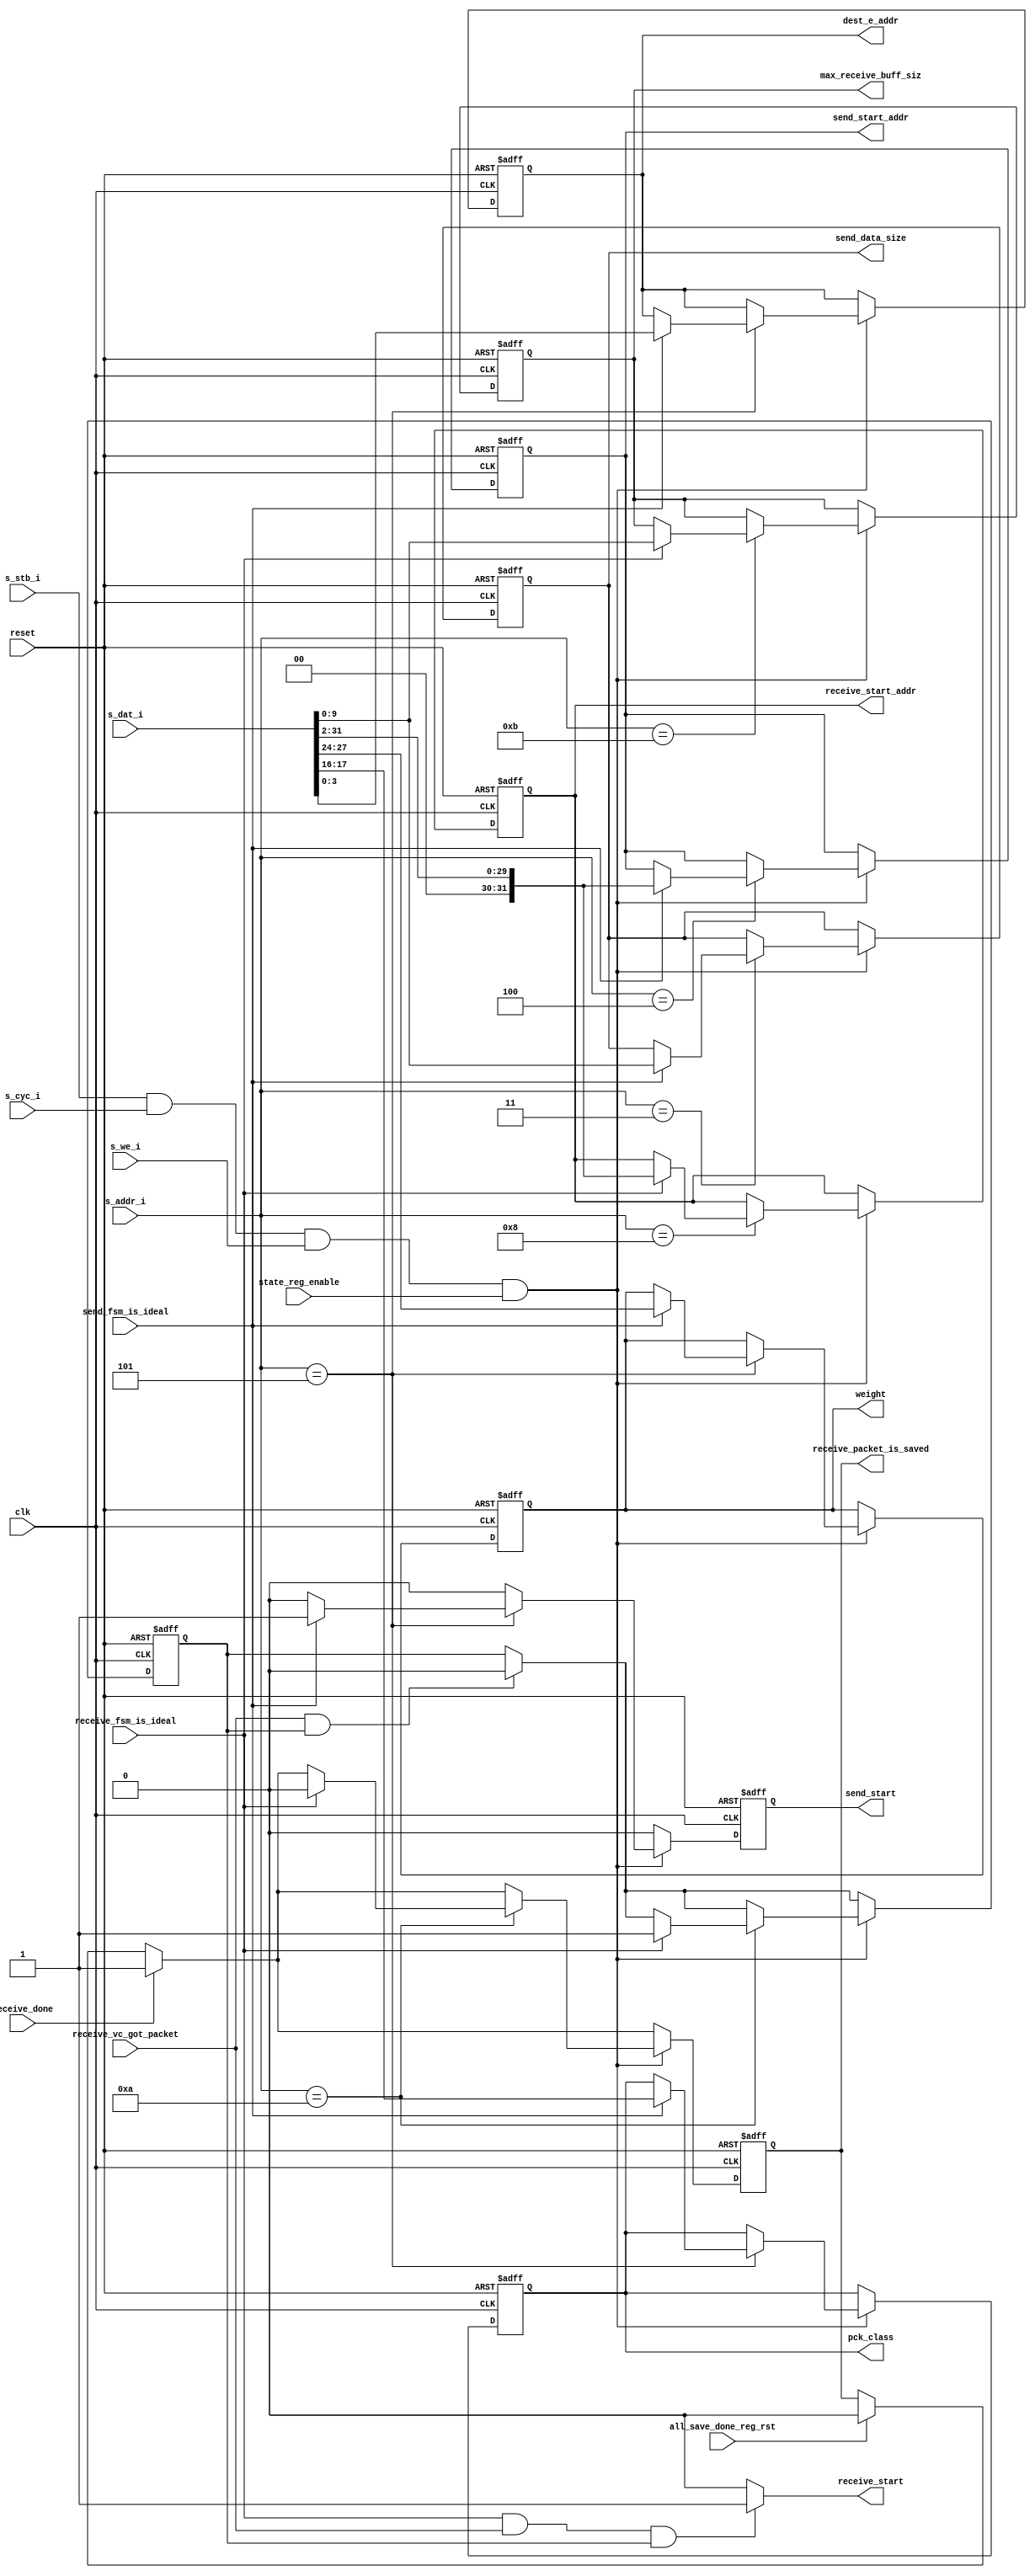
/**********************************************************************
**    
**	Copyright (C) 2014-2017  Alireza Monemi
**    
**	This file is part of ProNoC 
**
**	ProNoC ( stands for Prototype Network-on-chip)  is free software: 
**	you can redistribute it and/or modify it under the terms of the GNU
**	Lesser General Public License as published by the Free Software Foundation,
**	either version 2 of the License, or (at your option) any later version.
**
** 	ProNoC is distributed in the hope that it will be useful, but WITHOUT
** 	ANY WARRANTY; without even the implied warranty of MERCHANTABILITY
** 	or FITNESS FOR A PARTICULAR PURPOSE.  See the GNU Lesser General
** 	Public License for more details.
**
** 	You should have received a copy of the GNU Lesser General Public
** 	License along with ProNoC. If not, see <http:**www.gnu.org/licenses/>.
**
**
**	Description: 
**	NI internal register bank
**	
**
*******************************************************************/

// synthesis translate_off
`timescale 1ns / 1ps
// synthesis translate_on
 
module ni_vc_wb_slave_regs #(
    parameter MAX_TRANSACTION_WIDTH =10,      
    //NoC parameter
    parameter DEBUG_EN=1,
    parameter EAw=4,
    parameter C = 4,    //  number of flit class 
    parameter WEIGHTw=4,     
    //wishbones  bus  slave  port parameters
    parameter Dw            =   32,
    parameter S_Aw          =   4
 
 )( 
    state_reg_enable,
    send_fsm_is_ideal,
    receive_fsm_is_ideal,
    send_start,
    receive_start,
    receive_done,
    receive_vc_got_packet,
    receive_packet_is_saved,
    all_save_done_reg_rst,   
    send_start_addr, 
    receive_start_addr,
    send_data_size,
    max_receive_buff_siz,    
    dest_e_addr,
    pck_class,
    weight,  
    s_dat_i,
    s_addr_i,  
    s_stb_i,
    s_cyc_i,
    s_we_i,
//synthesis translate_off
//synopsys  translate_off    
    current_e_addr,
//synthesis translate_on
//synopsys  translate_on      
    reset,
    clk  
 ); 
 
    function integer log2;
      input integer number; begin   
         log2=(number <=1) ? 1: 0;    
         while(2**log2<number) begin    
            log2=log2+1;    
         end       
      end   
    endfunction // log2  
  
/*
 s_dat_i : 
        [16:0] dest_e_addr,
        [23:16] class,
        [31:24] weight,   
*/
    localparam
        DST_X_LSB  =0,
        CLASS_LSB  =16,
        WEIGHT_LSB =24;        
            
    localparam [S_Aw-1  :   0]
        SEND_DATA_SIZE_WB_ADDR =3,  // The transfer data size in byte  
        SEND_STRT_WB_ADDR =4,  // The source start address in byte       
        SEND_DEST_WB_ADDR =5,
        SEND_CTRL_WB_ADDR = 6,        
        RECEIVE_STRT_WB_ADDR=8,   // The destination start address in byte
        RECEIVE_CTRL_WB_ADDR =10,  
        RECEIVE_MAX_BUFF_SIZ=11;   // The reciver buffer size in words. If the packet size is bigger tha the buffer size the rest of will be discarred

   localparam
        WORLD_SIZE = Dw/8,
        OFFSET_w= log2(WORLD_SIZE),        
        Cw =  (C>1)? log2(C): 1;  
 
    input clk,reset;    
    input state_reg_enable;
    input send_fsm_is_ideal,receive_fsm_is_ideal;
    input receive_vc_got_packet;
    input receive_done;
    output  reg [Dw-1   :   0] send_start_addr; 
    output  reg [Dw-1   :   0] receive_start_addr;
    output  reg receive_packet_is_saved;
    input   all_save_done_reg_rst;    
    output  reg [MAX_TRANSACTION_WIDTH-1    :   0] send_data_size;
    output  reg [MAX_TRANSACTION_WIDTH-1    :   0] max_receive_buff_siz;
    output  reg [EAw-1   :   0]  dest_e_addr;
    output  reg [Cw-1   :   0]  pck_class;
    output  reg [WEIGHTw-1 :0]  weight; 
    output  reg send_start, receive_start;

//synthesis translate_off
//synopsys  translate_off    
    input   [EAw-1   :   0]  current_e_addr;
//synthesis translate_on
//synopsys  translate_on   
   
 //wishbone slave interface signals
    input   [Dw-1       :   0]      s_dat_i;
    input   [S_Aw-1     :   0]      s_addr_i;  
    input                           s_stb_i;
    input                           s_cyc_i;
    input                           s_we_i;
        
    reg  [EAw-1   :   0]  dest_e_addr_next;
    reg  [Cw-1   :   0]  pck_class_next;
    reg  [WEIGHTw-1 : 0] weight_next; 
    reg  [Dw-1   :   0]  send_start_addr_next, receive_start_addr_next;
    reg  [MAX_TRANSACTION_WIDTH-1    :   0] send_data_size_next, max_receive_buff_siz_next;
    reg  send_start_next;
    reg  receive_en,receive_en_next;
    reg  receive_packet_is_saved_next;
   
     // update control registers   
    always @ (*) begin 
        //default values       
        receive_start = 1'b0;                
        if (receive_fsm_is_ideal & receive_vc_got_packet & receive_en ) begin 
            receive_start = 1'b1;
           
        end
    end 
     
    always @ (*) begin 
        //default values
        send_start_addr_next= send_start_addr;
        receive_start_addr_next=receive_start_addr;
        send_data_size_next= send_data_size;
        dest_e_addr_next = dest_e_addr;                                         
        pck_class_next= pck_class;
        weight_next = weight;          
        send_start_next = 1'b0;
        receive_en_next = receive_en;
        receive_packet_is_saved_next = receive_packet_is_saved;
        max_receive_buff_siz_next = max_receive_buff_siz;
        
        if(all_save_done_reg_rst) receive_packet_is_saved_next=1'b0;
        if (receive_vc_got_packet & receive_en ) begin 
            receive_en_next = 1'b0;
        end
        if(receive_done) begin 
            receive_packet_is_saved_next = 1'b1;
        end
        if(s_stb_i  &   s_cyc_i &  s_we_i & state_reg_enable)   begin             
                case( s_addr_i)
                    SEND_STRT_WB_ADDR: begin                    
                         if (send_fsm_is_ideal) send_start_addr_next={{OFFSET_w{1'b0}},s_dat_i [Dw-1    : OFFSET_w]};
                    end //SEND_STRT_WB_ADDR
                    SEND_DATA_SIZE_WB_ADDR: begin 
                        if (send_fsm_is_ideal) send_data_size_next=s_dat_i [MAX_TRANSACTION_WIDTH-1 :   0]; 
                    end //DATA_SIZE_WB_ADDR
                    SEND_DEST_WB_ADDR: begin 
                        if (send_fsm_is_ideal) begin 
                            dest_e_addr_next = s_dat_i [EAw+ DST_X_LSB-1    :    DST_X_LSB];   
                           
//synthesis translate_off
//synopsys  translate_off
			if(DEBUG_EN)begin
				if(s_dat_i [EAw+ DST_X_LSB-1    :    DST_X_LSB] == current_e_addr )begin
					$display("%t: ERROR: source destination address are identical in: %m",$time);
				end
			end
//synthesis translate_on
//synopsys  translate_on                                        
                            pck_class_next= s_dat_i[CLASS_LSB+Cw-1      :  CLASS_LSB];
                            weight_next = s_dat_i[ WEIGHT_LSB+WEIGHTw-1 :  WEIGHT_LSB]; 
                            send_start_next = 1'b1;
                           end
                    end //SEND_DEST_WB_ADDR
                    SEND_CTRL_WB_ADDR: begin
                        if (send_fsm_is_ideal) begin 

                        end                    
                    end    // SEND_CTRL_WB_ADDR               
                    RECEIVE_MAX_BUFF_SIZ: begin 
                        if (receive_fsm_is_ideal) max_receive_buff_siz_next = s_dat_i [MAX_TRANSACTION_WIDTH-1 :   0]; 
                    
                    end                    
                    RECEIVE_STRT_WB_ADDR: begin 
                        if (receive_fsm_is_ideal) receive_start_addr_next= {{OFFSET_w{1'b0}},s_dat_i [Dw-1 :   OFFSET_w]};
                       
                    end //RECEIVE_STRT_WB_ADDR
                    RECEIVE_CTRL_WB_ADDR: begin
                        if (receive_fsm_is_ideal) begin 
                       	 	receive_en_next=1'b1;
                            receive_packet_is_saved_next=1'b0;   
                        end                 
                    end                 
                    
                    default :begin 
                          
                    end                         
                 endcase//wb_receive_send_addr
            end//if
        
    end// always
   
    localparam [WEIGHTw-1 : 0] INIT_WEIGHT = 1;
 
 
     //registers assigmnet    
    always @ (posedge clk or posedge reset)begin 
        if(reset) begin        
            send_start_addr   <= {Dw{1'b0}};
            receive_start_addr   <= {Dw{1'b0}};
            send_data_size    <= {MAX_TRANSACTION_WIDTH{1'b0}};
            max_receive_buff_siz <= {MAX_TRANSACTION_WIDTH{1'b0}}; 
            dest_e_addr     <= {EAw{1'b0}};                                        
            pck_class  <= {Cw{1'b0}};
            weight <= INIT_WEIGHT;
            receive_en <= 1'b0;
            receive_packet_is_saved <= 1'b0;
            send_start <=1'b0;
        end else begin 
            send_start_addr <= send_start_addr_next;
            receive_start_addr <= receive_start_addr_next;
            send_data_size <= send_data_size_next;           
            max_receive_buff_siz <= max_receive_buff_siz_next;
            dest_e_addr     <= dest_e_addr_next;                                        
            pck_class  <= pck_class_next;
            weight <= weight_next;
            receive_en <=receive_en_next;
            receive_packet_is_saved<=receive_packet_is_saved_next;
            send_start <= send_start_next;
        end 
    end 
  
 endmodule